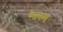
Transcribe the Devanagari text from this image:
व्स्ल्ल्म